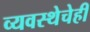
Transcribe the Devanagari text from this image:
व्यवस्थेचेही